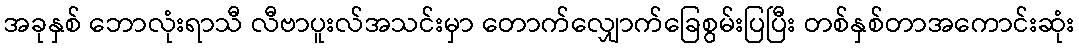
အခုနှစ် ဘောလုံးရာသီ လီဗာပူးလ်အသင်းမှာ တောက်လျှောက်ခြေစွမ်းပြပြီး တစ်နှစ်တာအကောင်းဆုံး